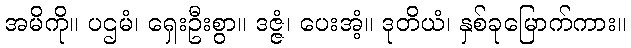
အမိကို။ ပဌမံ၊ ရှေးဦးစွာ။ ဒဇ္ဇံ၊ ပေးအံ့။ ဒုတိယံ၊ နှစ်ခုမြောက်ကား။